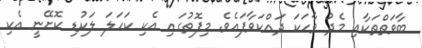
ބާވަތްތަކާއި މެދު ވާހަކަ ދައްކަވާފައެވެ. މިފޮތުގައި އެކި ކަހަލަ ލަކުޑި ކޮށޭނީ އެކި